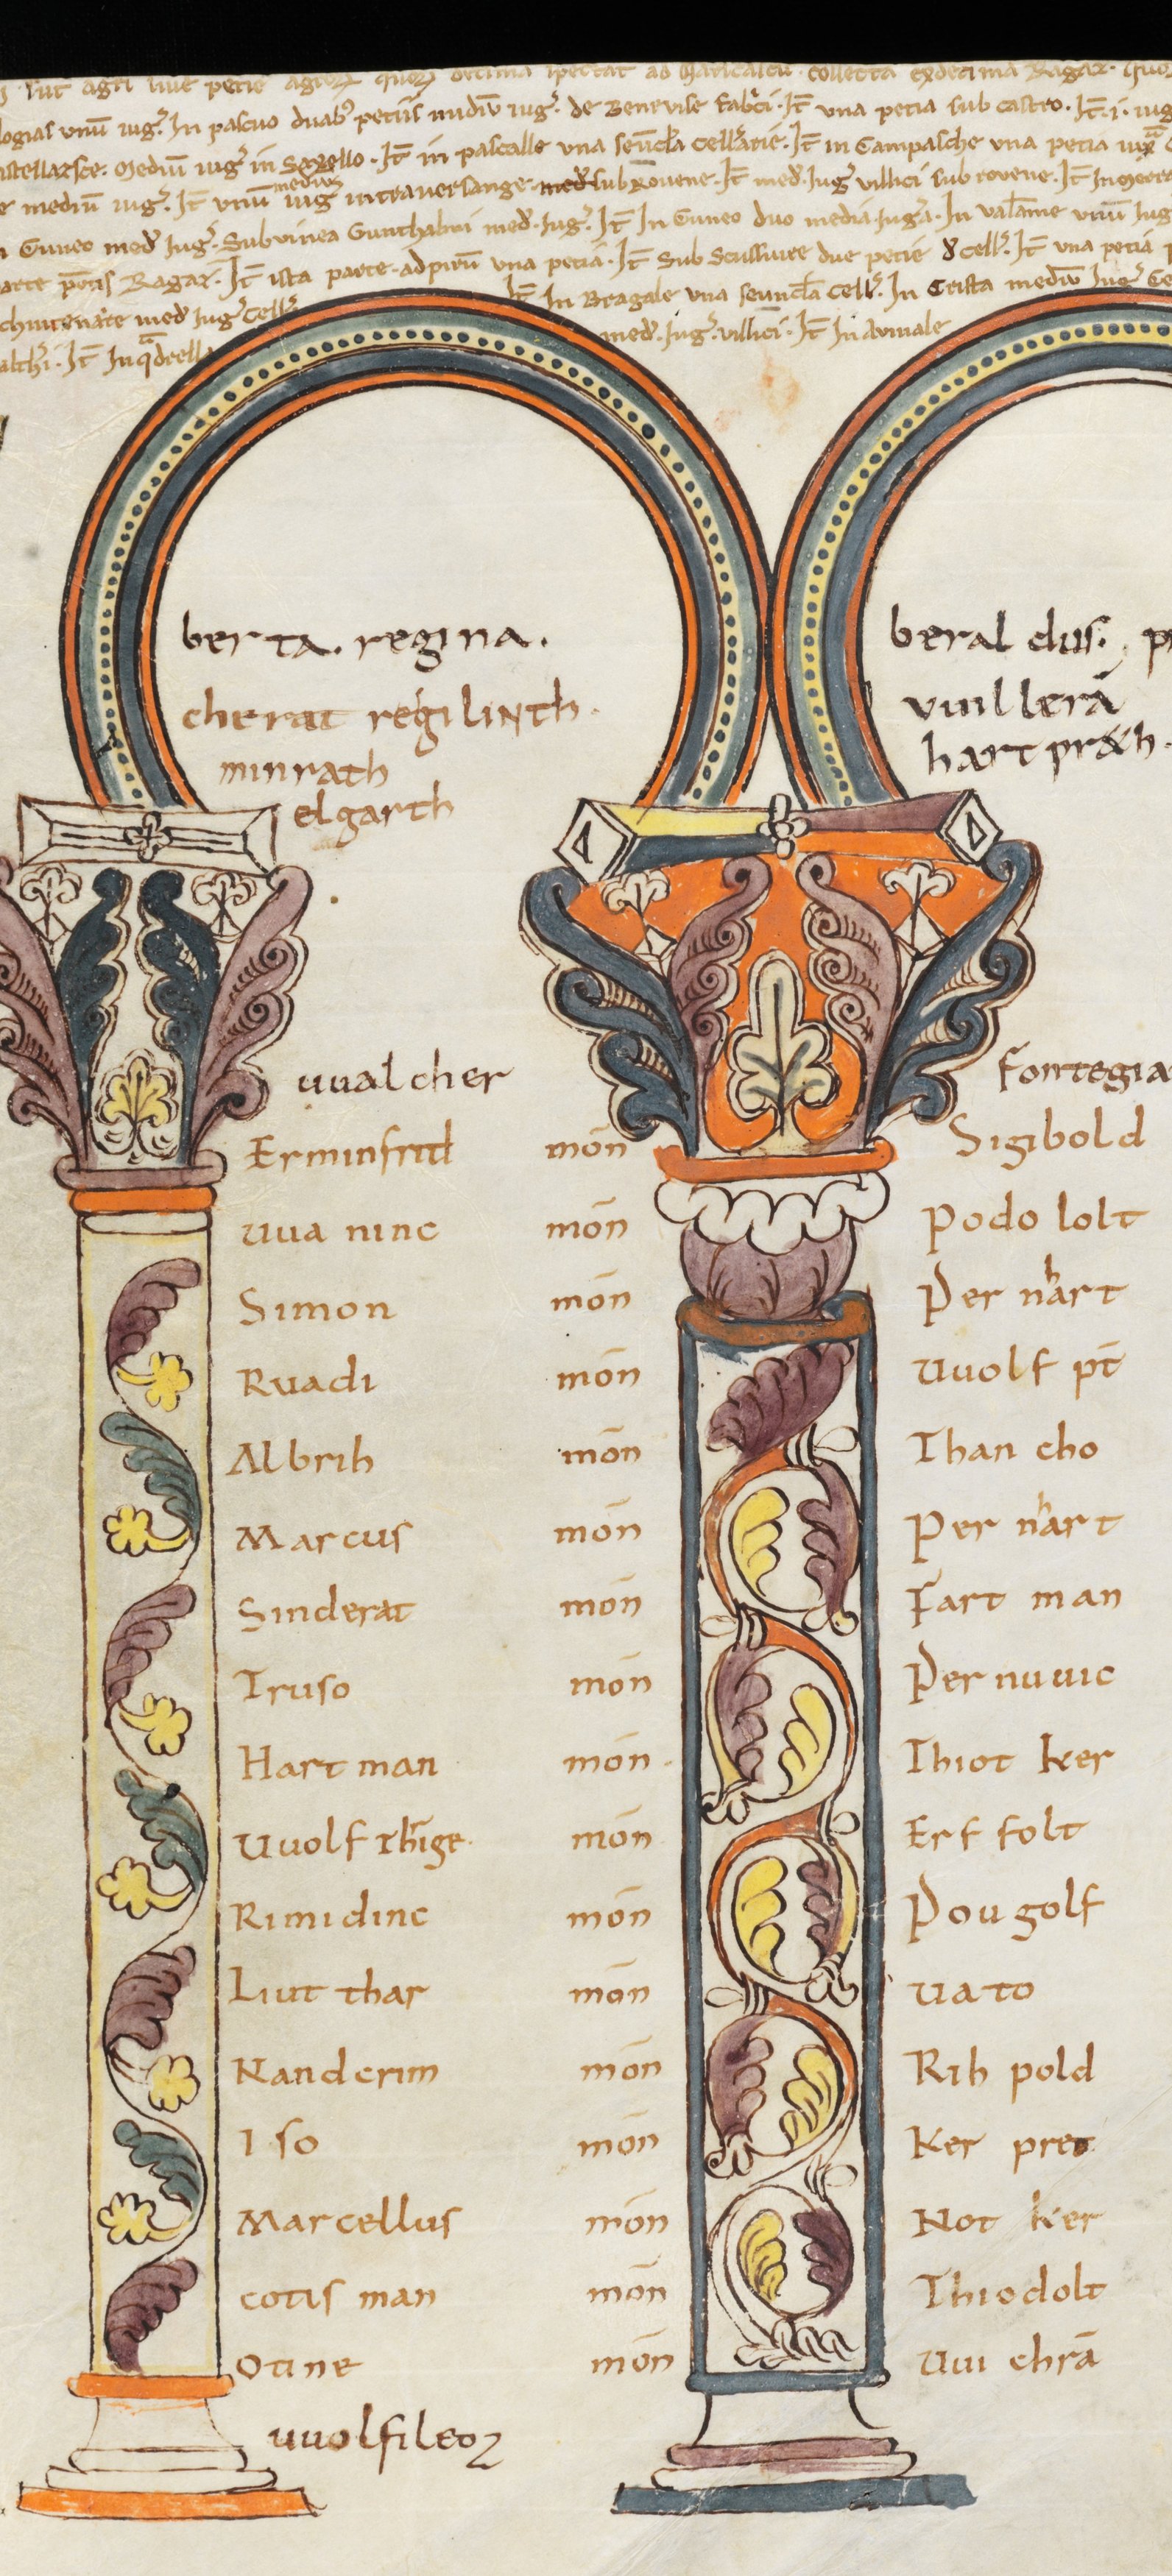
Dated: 800–1399